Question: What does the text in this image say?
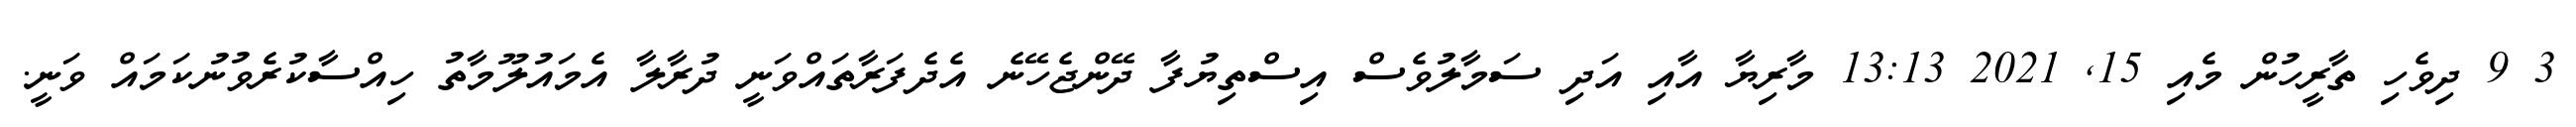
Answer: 3 9 ދިވެހި ތާރީހުން މެއި 15, 2021 13:13 މާރިޔާ އާއި އަދި ސަމާލުވެސް އިސްތިޔުފާ ދޭންޖެހޭނެ އެދެފަރާތައްވަނީ ދުރާލާ އެމައުލޫމާތު ހިއްސާކުރެވުނުކަމައް ވަނީ.